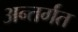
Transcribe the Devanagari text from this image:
अन्तर्गंत